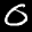
Label: 0